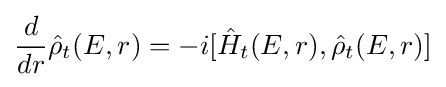
{\frac {d}{dr}}{\hat {\rho }}_{t}(E,r)=-i[{\hat {H}}_{t}(E,r),{\hat {\rho }}_{t}(E,r)]